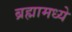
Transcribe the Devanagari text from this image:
ब्रह्मामध्ये